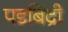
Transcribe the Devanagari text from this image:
पडबिद्री